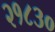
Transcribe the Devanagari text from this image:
२१८३०